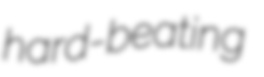
hard-beating